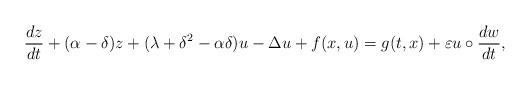
LaTeX: \begin{align*} {\frac {dz}{dt}} + (\alpha -\delta) z + (\lambda + \delta^2 -\alpha \delta) u -\Delta u + f(x, u) =g(t, x) + \varepsilon u\circ {\frac {dw}{dt}}, \end{align*}